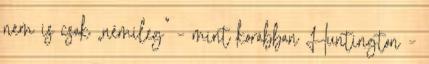
nem is csak „némileg” – mint korábban Huntington –